Lunatic asylums in Bengal annual reports 1888-1898 - 1888-1898
Year: 1888
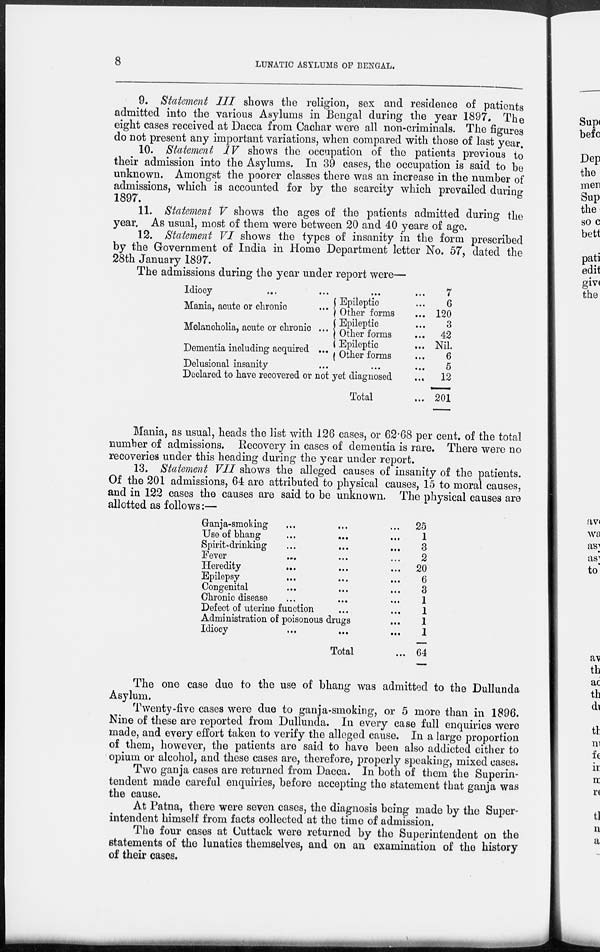
8
LUNATIC ASYLUMS OF BENGAL.
9. Statement III shows the religion, sex and residence of patients
admitted into the various Asylums in Bengal during the year 1897. The
eight cases received at Dacca from Cachar were all non-criminals. The figures
do not present any important variations, when compared with those of last year.
10. Statement IV shows the occupation of the patients previous to
their admission into the Asylums. In 39 cases, the occupation is said to be
unknown. Amongst the poorer classes there was an increase in the number of
admissions, which is accounted for by the scarcity which prevailed during
1897.
11. Statement V shows the ages of the patients admitted during the
year. As usual, most of them were between 20 and 40 years of age.
12. Statement VI shows the types of insanity in the form prescribed
by the Government of India in Home Department letter No. 57, dated the
28th January 1897.
The admissions during the year under report were—
Idiocy ... ... ...
Mania, acute or chronic
...
Melancholia, acute or chronic ...
Dementia including acquired ...
Epileptic ...
Other forms ...
Epileptic ...
Other forms ...
Epileptic ...
Other forms ...
Delusional insanity ...
Declared to have recovered or not yet diagnosed ...
Total ...
7
6
120
3
42
Nil.
6
5
12
201
Mania, as usual, heads the list with 126 cases, or 62.68 per cent. of the total
number of admissions. Recovery in cases of dementia is rare. There were no
recoveries under this heading during the year under report.
13. Statement VII shows the alleged causes of insanity of the patients.
Of the 201 admissions, 64 are attributed to physical causes, 15 to moral causes,
and in 122 cases the causes are said to be unknown. The physical causes are
allotted as follows:—
Ganja-smoking ... ... ...
Use of bhang ... ... ...
Spirit-drinking ... ... ...
Fever ... ... ...
Heredity ... ... ...
Epilepsy ... ... ...
Congenital ... ... ...
Chronic disease ... ... ...
Defect of uterine function ...
Administration of poisonous drugs ...
Idiocy ... ... ...
Total ...
25
1
3
2
20
6
3
1
1
1
1
64
The one case due to the use of bhang was admitted to the Dullunda
Asylum.
Twenty-five cases were due to ganja-smoking, or 5 more than in 1896.
Nine of these are reported from Dullunda. In every case full enquiries were
made, and every effort taken to verify the alleged cause. In a large proportion
of them, however, the patients are said to have been also addicted either to
opium or alcohol, and these cases are, therefore, properly speaking, mixed cases.
Two ganja cases are returned from Dacca. In both of them the Superin-
tendent made careful enquiries, before accepting the statement that ganja was
the cause.
At Patna, there were seven cases, the diagnosis being made by the Super-
intendent himself from facts collected at the time of admission.
The four cases at Cuttack were returned by the Superintendent on the
statements of the lunatics themselves, and on an examination of the history
of their cases.